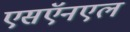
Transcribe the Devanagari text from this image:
एसऍनएल